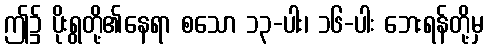
ဤ၌ ပိုးရွတို့၏နေရာ စသော ၁၃-ပါး၊ ၁၆-ပါး ဘေးရန်တို့မှ